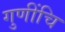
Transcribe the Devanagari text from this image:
गुणींचि